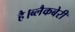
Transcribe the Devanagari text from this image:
है।ब्लैकबेरी